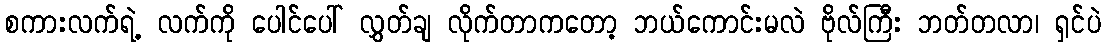
စကားလက်ရဲ့ လက်ကို ပေါင်ပေါ် လွှတ်ချ လိုက်တာကတော့ ဘယ်ကောင်းမလဲ ဗိုလ်ကြီး ဘတ်တလာ၊ ရှင်ပဲ